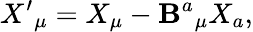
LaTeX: X^{\prime}{}_{\mu}=X_{\mu}-\mathbf{B}^{a}{}_{\mu}X_{a},